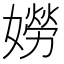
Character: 𡡯